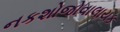
નકશોજોવાલાયક